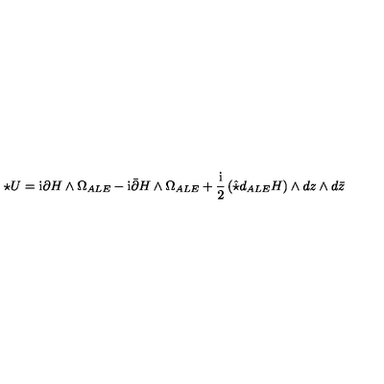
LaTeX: \star U = \mathrm { i } \partial H \wedge \Omega _ { A L E } - \mathrm { i } \bar { \partial } H \wedge \Omega _ { A L E } + \frac { \mathrm { i } } { 2 } \left( \hat { \star } d _ { A L E } H \right) \wedge d z \wedge d \bar { z }